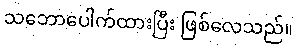
သဘောပေါက်ထားပြီး ဖြစ်လေသည်။